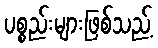
ပစ္စည်းများဖြစ်သည့်